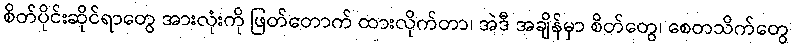
စိတ်ပိုင်းဆိုင်ရာတွေ အားလုံးကို ဖြတ်တောက် ထားလိုက်တာ၊ အဲဒီ အချိန်မှာ စိတ်တွေ၊ စေတသိက်တွေ